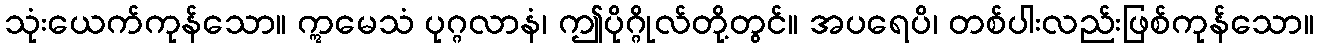
သုံးယေက်ကုန်သော။ ဣမေသံ ပုဂ္ဂလာနံ၊ ဤပိုဂ္ဂိုလ်တို့တွင်။ အပရေပိ၊ တစ်ပါးလည်းဖြစ်ကုန်သော။